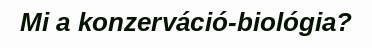
Mi a konzerváció-biológia?